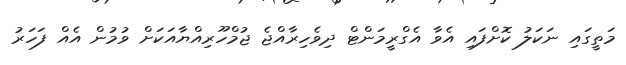
މަތީގައި ނަކަލު ކޮށްފައި އެވާ އެގްރީމަންޓް ދިވެހިރާއްޖެ ޖުމްހޫރިއްޔާއަކަށް ވުމުން އެއް ފަހަރު